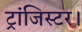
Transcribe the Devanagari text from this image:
ट्रांजिस्टर।